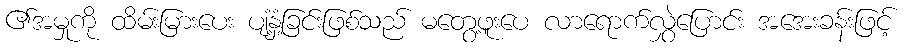
၏အမှုကို ထိမ်းမြားပေး ပျံ့နှံ့ခြင်းဖြစ်သည် မတွေ့ဖူးပေ လာရောက်လွှဲပြောင်း အအေးခန်းဖြင့်